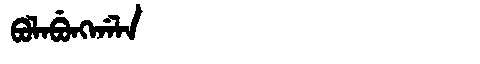
Manchu: ᠪᠣᠯᠠᠪᡠᠩᡤᠠᠯᠠ
Romanization: BOLABUNGGALA